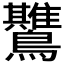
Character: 𱉅